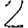
Digit: 2